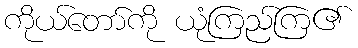
ကိုယ်တော်ကို ယုံကြည်ကြ၏